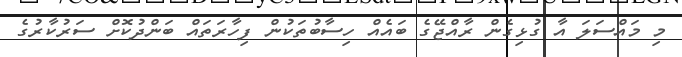
މި މައްސަލަ އާ ގުޅިގެން ރާއްޖޭގެ ބައެއް ހިސާބުތަކުން ފިހާރަތައް ބަންދުކޮށް ސަރުކާރުގެ